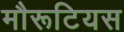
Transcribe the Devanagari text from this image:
मौरूटियस